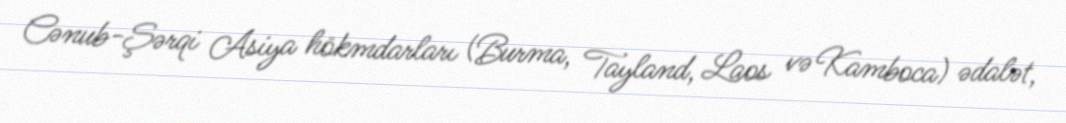
Cənub-Şərqi Asiya hökmdarları (Burma, Tayland, Laos və Kamboca) ədalət,